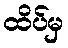
ထိပ်မှ